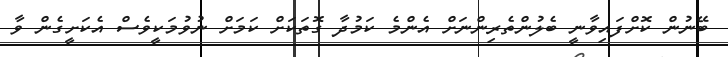
ބޭނުން ކޮށްފައިވާނީ ބެލުންތެރިންނަށް އެންމެ ކަމުދާ ގޮތަކަށް ކަމަށް ނުވުމަކީވެސް އެކަށީގެން ވާ